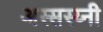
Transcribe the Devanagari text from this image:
अस्सस्य्नी